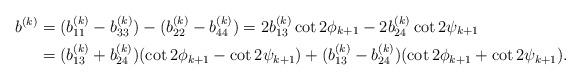
LaTeX: \begin{align*}b^{(k)} & = (b_{11}^{(k)}-b_{33}^{(k)}) - (b_{22}^{(k)}-b_{44}^{(k)}) = 2b_{13}^{(k)}\cot2\phi_{k+1} - 2b_{24}^{(k)}\cot2\psi_{k+1} \\& = (b_{13}^{(k)} + b_{24}^{(k)})(\cot2\phi_{k+1}-\cot2\psi_{k+1}) + (b_{13}^{(k)}-b_{24}^{(k)})(\cot2\phi_{k+1}+\cot2\psi_{k+1}). \end{align*}